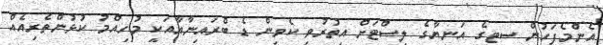
އެންމެފަހުން ސިޓީގެ އަނިޔާގެ ލިސްޓަށް އިތުރުވި ކެވިން ޑެ ބްރައިނާއާއަކީ މުހިއްމު ކުޅުންތެރިއެއް